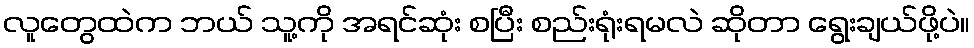
လူတွေထဲက ဘယ် သူ့ကို အရင်ဆုံး စပြီး စည်းရုံးရမလဲ ဆိုတာ ရွေးချယ်ဖို့ပဲ။